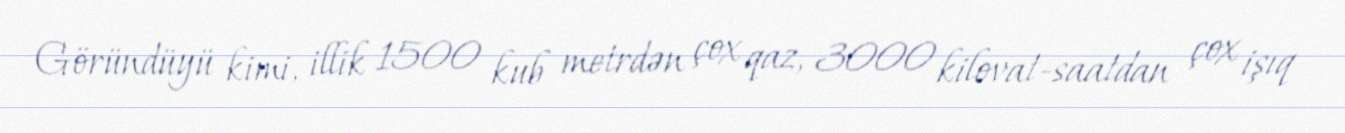
Göründüyü kimi, illik 1500 kub metrdən çox qaz, 3000 kilovat-saatdan çox işıq